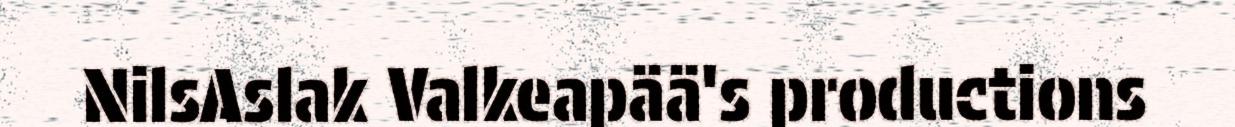
NilsAslak Valkeapää's productions